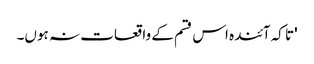
'تا کہ آئندہ اس قسم کے واقعات نہ ہوں۔